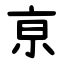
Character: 亰